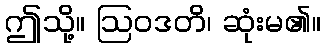
ဤသို့။ ဩဝဒတိ၊ ဆုံးမ၏။